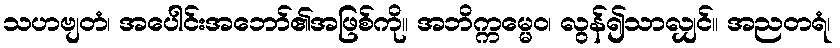
သဟဗျတံ၊ အပေါင်းအဘော်၏အဖြစ်ကို။ အဘိက္ကမ္မေဝ၊ လွန်၍သာလျှင်။ အညတရံ၊